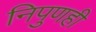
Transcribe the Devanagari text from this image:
निपुणही